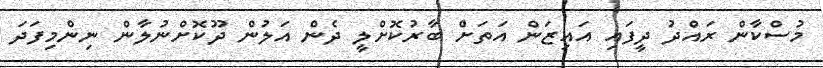
މުސްކާން ރައްދު ދީފައި އައިޒަން އަތަށް ބާރުކޮށްލީ ދެން އަލުން ދޫކޮށްނުލާން ނިންމިފަދަ